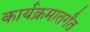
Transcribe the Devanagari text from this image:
कार्यक्रमातर्गंत